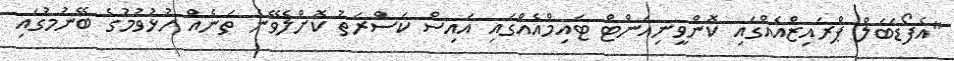
"އެފޯޑަބަލް ޕްރައިޒްއެއްގައި ކޮންވީނިއަންޓް ޓައިމްއެއްގައި އައިސް ކަސްރަތު ކޮށްލެވޭނެ ތަނެއް ހުޅުވުމުގެ ބޭނުމުގައި